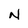
Character: N